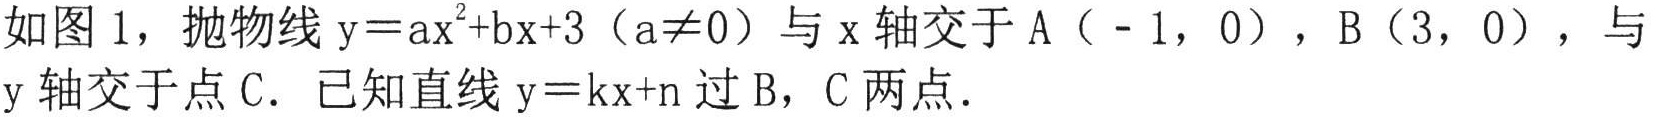
如图 1，抛物线 \(y = ax^{2}+bx + 3(a\neq0)\) 与 \(x\) 轴交于 \(A(-1,0)\)，\(B(3,0)\)，与 \(y\) 轴交于点 \(C\)．已知直线 \(y = kx + n\) 过 \(B\)，\(C\) 两点．